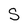
Character: S